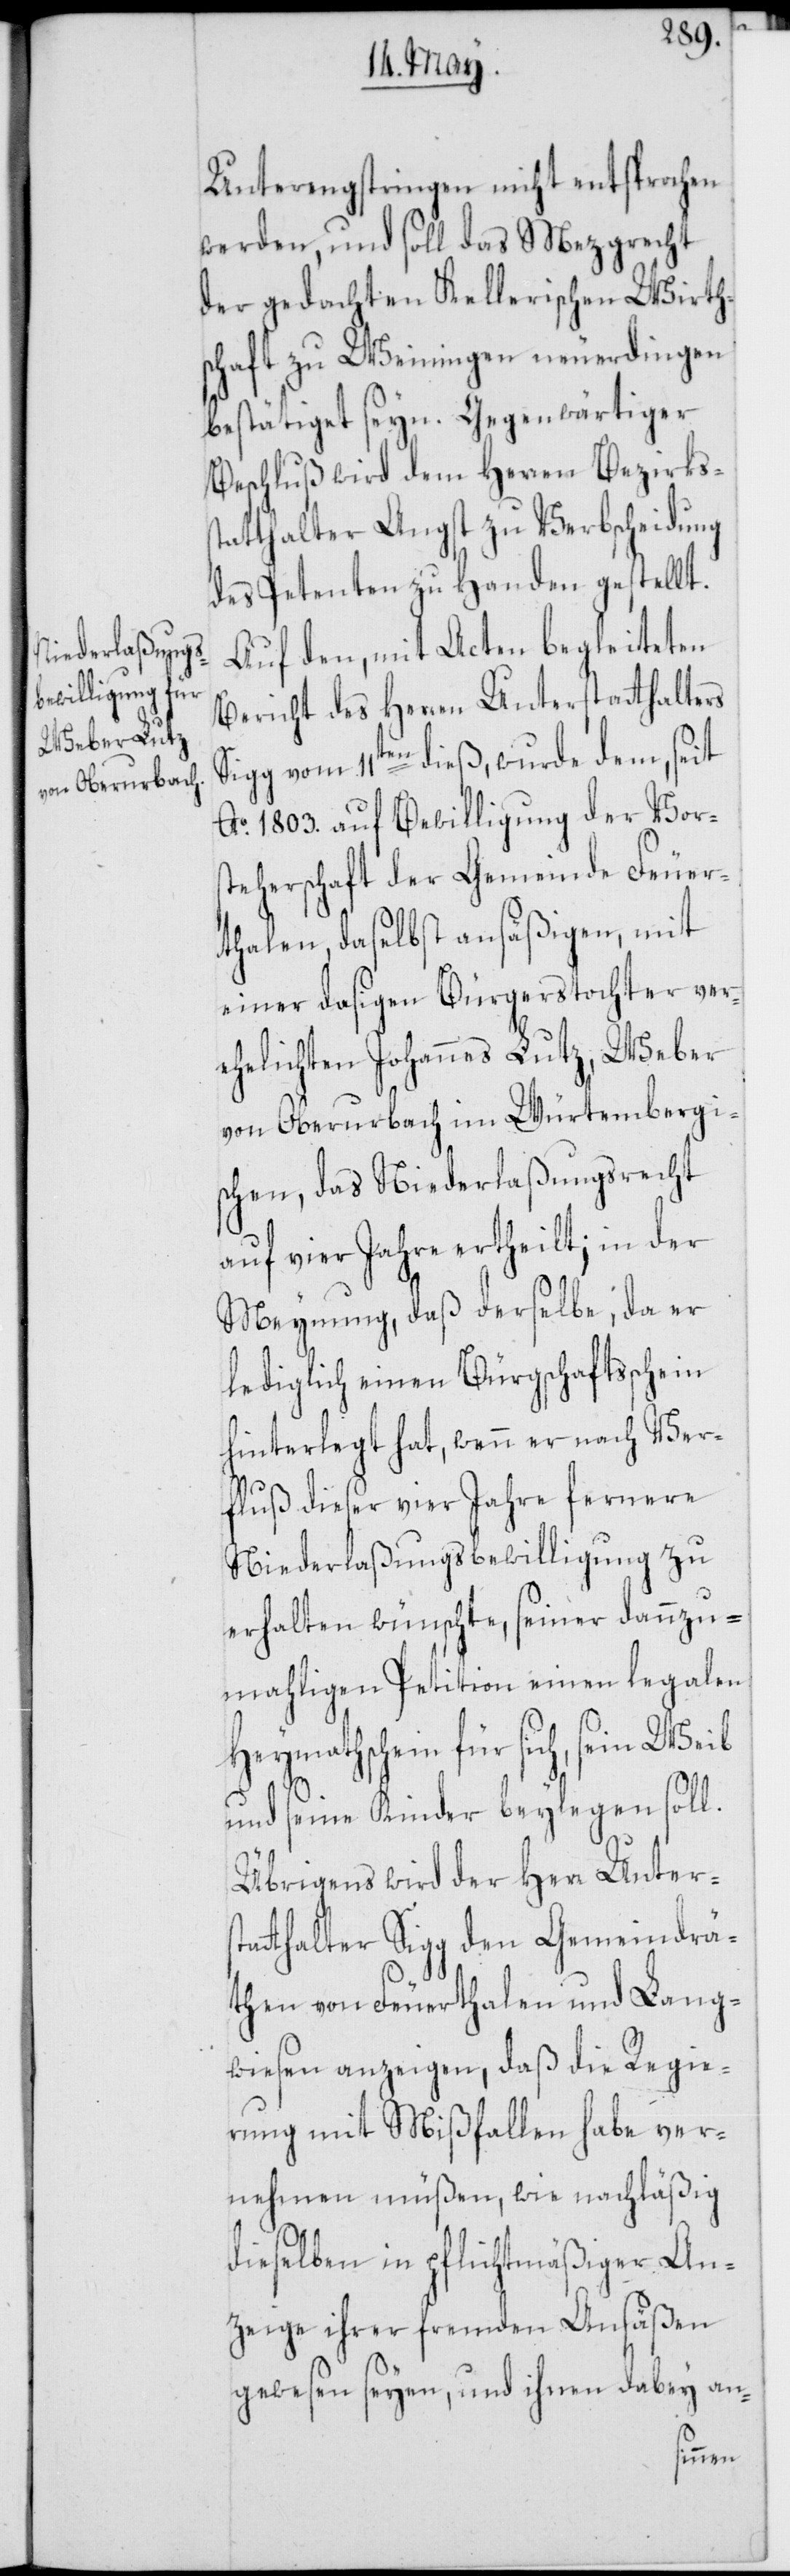
Unterengstringen nicht entsprochen
werden, und soll das Mezgrecht
der gedachten Kellerischen Wirth¬
schaft zu Weiningen neuerdingen
bestätiget seyn. Gegenwärtiger
Beschluß wird dem Herren Bezirks¬
tatthalter Angst zu Verbscheidung
des Petenten zu Handen gestellt.
Auf den, mit Acten begleiteten
Bericht des Herren Unterstatthalters
igg vom 11ten dieß, wurde dem, seit
Ao. 1803. auf Bewilligung der Vor¬
steherschaft der Gemeinde Feuer¬
thalen, daselbst ansäßigen, mit
einer dasigen Bürgerstochter ver¬
ehelichten Johannes Lutz, Weber
von Oberurbach im Würtembergi¬
schen, das Niederlaßungsrecht
auf vier Jahre ertheilt; in der
Meynung, daß derselbe, da er
lediglich einen Bürgschaftsschein
hinterlegt hat, wenn er nach Ver¬
fluß dieser vier Jahre fernere
Niederlaßungsbewilligung zu
erhalten wünschte, seiner dannzu¬
mahligen Petition einen legalen
Heymathschein für sich, sein Weib
S¬
und seine Kinder beylegen soll.
Übrigens wird der Herr Unters¬
tatthalter Sigg den Gemeindrä¬
then von Feuerthalen und Lang¬
wiesen anzeigen, daß die Regie¬
rung mit Mißfallen habe ver¬
nehmen müßen, wie nachläßig
dieselben in pflichtmäßiger An¬
zeige ihrer fremden Ansäßen
gewesen seyen, und ihnen dabey an-